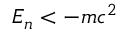
E _ { n } < - m c ^ { 2 }